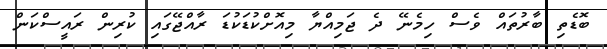
ބޮޑެތި ބާރުތައް ވެސް ހިމެނޭ ދެ ޖަމިއްޔާ މިއޮށްކުޑަކުޑަ ރާއްޖޭގައި ކުރިން ރައީސްކަން